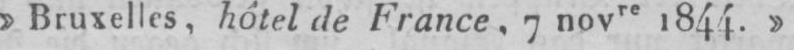
»Bruxelles, hôtel de France, 7 novre 1844.»